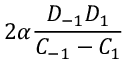
2 \alpha \frac { D _ { - 1 } D _ { 1 } } { C _ { - 1 } - C _ { 1 } }